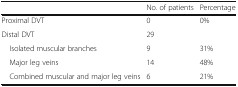
<table><thead><tr><td></td><td><b>No. of patients</b></td><td><b>Percentage</b></td></tr></thead><tbody><tr><td>Proximal DVT</td><td>0</td><td>0%</td></tr><tr><td>Distal DVT</td><td>29</td><td></td></tr><tr><td> Isolated muscular branches</td><td>9</td><td>31%</td></tr><tr><td> Major leg veins</td><td>14</td><td>48%</td></tr><tr><td> Combined muscular and major leg veins</td><td>6</td><td>21%</td></tr></tbody></table>